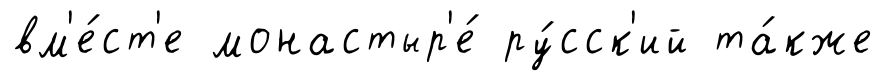
вм'е́ст'е монастыр'е́ ру́сск'ий та́кже